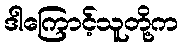
ဒါကြောင့်သူတို့က